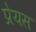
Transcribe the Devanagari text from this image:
प्रेयस